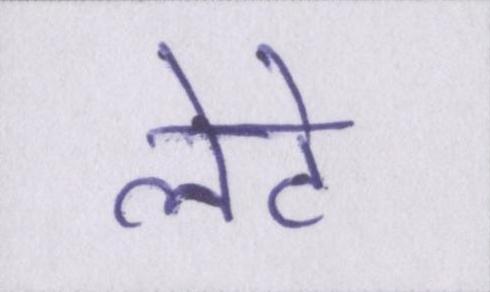
लेटे